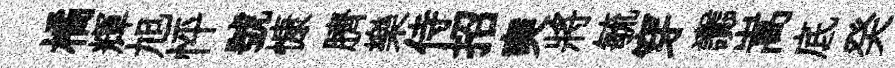
橘輝旭怦號慷臍樂侍招奭將毓穿讟嵩底癸